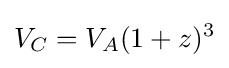
V_{C}=V_{A}(1+z)^{3}